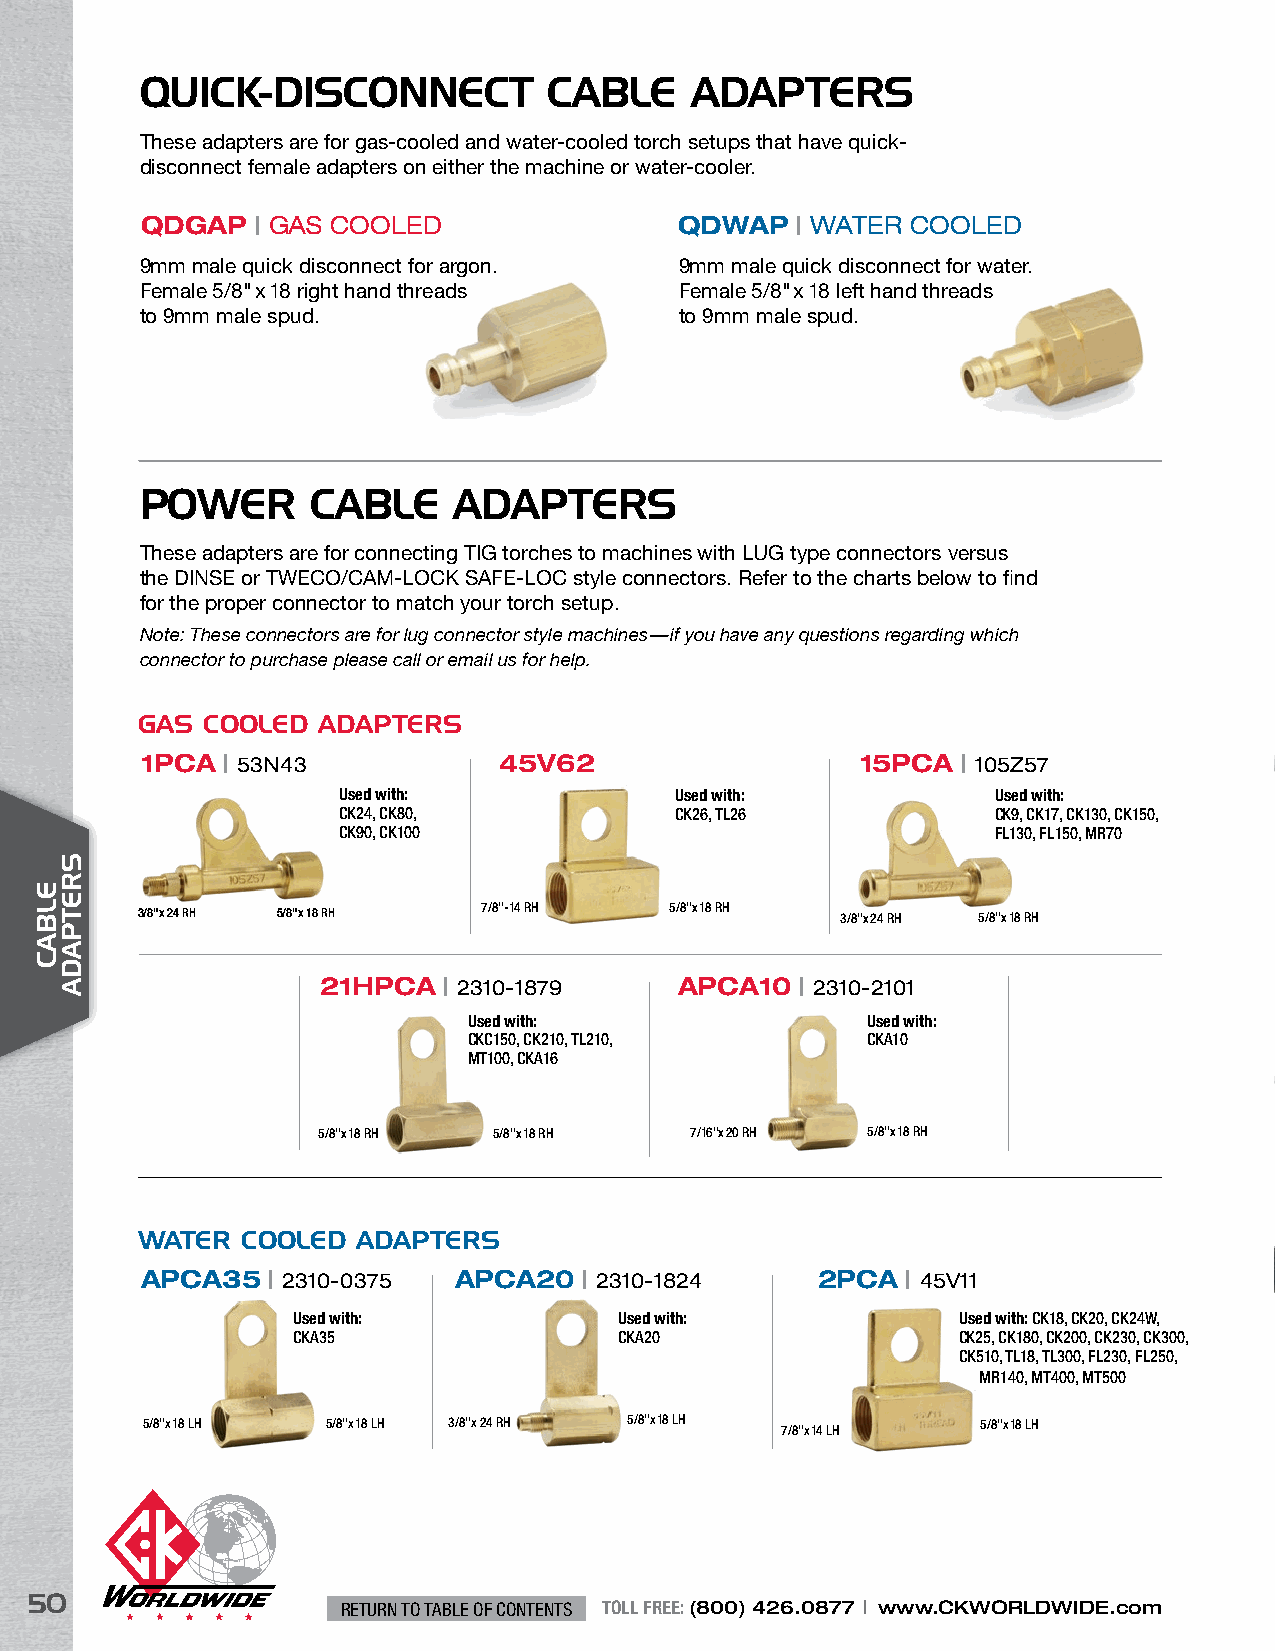
QUICK-DISCONNECT           CABLE     ADAPTERS
 These adapters are for gas-cooled and water-cooled torch setups that have quick-
 disconnect female adapters on either the machine or water-cooler.
 QDGAP   | GAS COOLED                QDWAP   | WATER COOLED
 9mm male quick disconnect for argon. 9mm male quick disconnect for water.
 Female 5/8" x 18 right hand threads Female 5/8" x 18 left hand threads
 to 9mm male spud.                   to 9mm male spud.
 POWER       CABLE    ADAPTERS
 These adapters are for connecting TIG torches to machines with LUG type connectors versus
 the DINSE or TWECO/CAM-LOCK SAFE-LOC style connectors. Refer to the charts below to find
 for the proper connector to match your torch setup.
 Note: These connectors are for lug connector style machines—if you have any questions regarding which
 connector to purchase please call or email us for help.
 GAS COOLED  ADAPTERS
 1PCA  | 53N43           45V62                   15PCA  | 105Z57
 Used with:             Used with:           Used with:
 CK24, CK80,            CK26, TL26           CK9, CK17, CK130, CK150,
 CK90, CK100                                 FL130, FL150, MR70
 3/8"x24 RH 5/8"x18 RH  7/8"-14 RH  5/8"x18 RH  3/8"x24 RH 5/8"x18 RH
 21HPCA  | 2310-1879     APCA10  | 2310-2101
 Used with:                Used with:
 CKC150, CK210, TL210,     CKA10
 MT100, CKA16
 5/8"x18 RH  5/8"x18 RH   7/16"x20 RH 5/8"x18 RH
 WATER  COOLED  ADAPTERS
 APCA35   | 2310-0375 APCA20   | 2310-1824    2PCA  | 45V11
 Used with:            Used with:            Used with: CK18, CK20, CK24W,
 CKA35                 CKA20                 CK25, CK180, CK200, CK230, CK300,
 CK510, TL18, TL300, FL230, FL250,
 MR140, MT400, MT500
 5/8"x18 LH   5/8"x18 LH 3/8"x24 RH 5/8"x18 LH 7/8"x14 LH 5/8"x18 LH
 50
 RETURN TO TABLE OF CONTENTS TOLL FREE: (800) 426.0877 | www.CKWORLDWIDE.com
 ELBAC
 SRETPADA